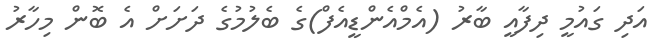
އަދި ގައުމީ ދިފާއީ ބާރު (އެމްއެންޑީއެފް)ގެ ބެލުމުގެ ދަށަށް އެ ބޮން މިހާރު